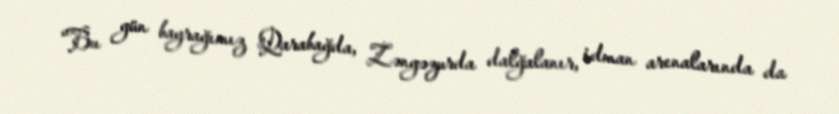
“Bu gün bayrağımız Qarabağda, Zəngəzurda dalğalanır, idman arenalarında da